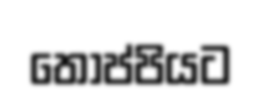
තොප්පියට